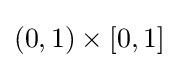
(0,1)\times [0,1]